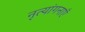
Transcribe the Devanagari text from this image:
नृत्यांगनाएँ